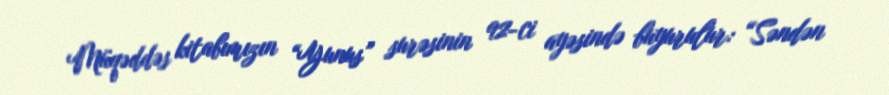
Müqəddəs kitabımızın “Yunus” surəsinin 92-ci ayəsində buyurulur: “Səndən